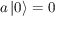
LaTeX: a \left| 0 \right\rangle = 0